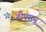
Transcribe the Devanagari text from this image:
टीएसयू